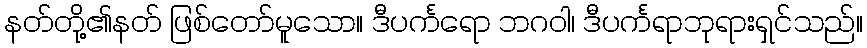
နတ်တို့၏နတ် ဖြစ်တော်မူသော။ ဒီပင်္ကရော ဘဂဝါ၊ ဒီပင်္ကရာဘုရားရှင်သည်။